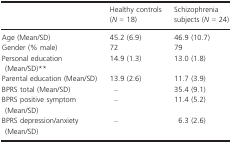
<table><thead><tr><td></td><td><b>Healthy controls (<i>N</i> = 18)</b></td><td><b>Schizophrenia subjects (<i>N</i> = 24)</b></td></tr></thead><tbody><tr><td>Age (Mean/SD)</td><td>45.2 (6.9)</td><td>46.9 (10.7)</td></tr><tr><td>Gender (% male)</td><td>72</td><td>79</td></tr><tr><td>Personal education (Mean/SD)**</td><td>14.9 (1.3)</td><td>13.0 (1.8)</td></tr><tr><td>Parental education (Mean/SD)</td><td>13.9 (2.6)</td><td>11.7 (3.9)</td></tr><tr><td>BPRS total (Mean/SD)</td><td>–</td><td>35.4 (9.1)</td></tr><tr><td>BPRS positive symptom (Mean/SD)</td><td>–</td><td>11.4 (5.2)</td></tr><tr><td>BPRS depression/anxiety (Mean/SD)</td><td>–</td><td>6.3 (2.6)</td></tr></tbody></table>